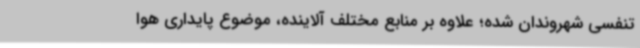
تنفسی شهروندان شده؛ علاوه بر منابع مختلف آلاینده، موضوع پایداری هوا